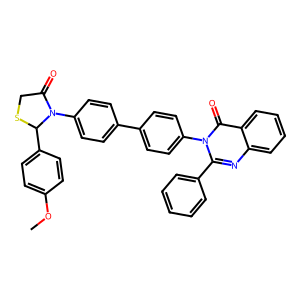
SMILES: COc1ccc(C2SCC(=O)N2c2ccc(-c3ccc(-n4c(-c5ccccc5)nc5ccccc5c4=O)cc3)cc2)cc1
Inhibits HIV replication: No